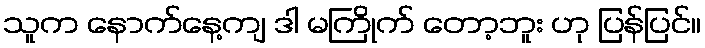
သူက နောက်နေ့ကျ ဒါ မကြိုက် တော့ဘူး ဟု ပြန်ပြင်။